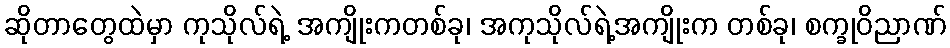
ဆိုတာတွေထဲမှာ ကုသိုလ်ရဲ့ အကျိုးကတစ်ခု၊ အကုသိုလ်ရဲ့အကျိုးက တစ်ခု၊ စက္ခုဝိညာဏ်